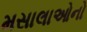
મસાલાઓનો